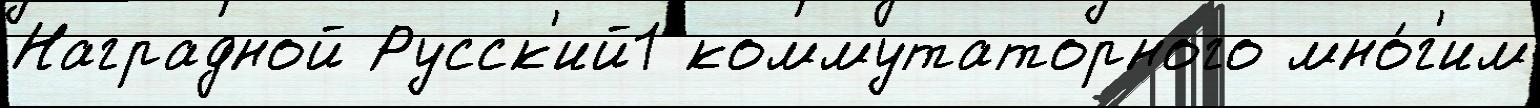
Наградной Русск'ий1 коммутаторного мно́г'им